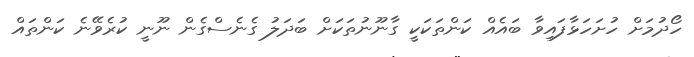
ހޯދުމަށް ހުށަހަޅާފައިވާ ބައެއް ކަންތަކަކީ ގާނޫނުތަކަށް ބަދަލު ގެނެސްގެން ނޫނީ ކުރެވޭނެ ކަންތައް